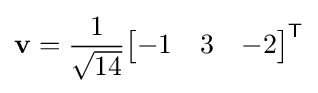
\mathbf {v} ={\frac {1}{\sqrt {14}}}{\begin{bmatrix}-1&3&-2\end{bmatrix}}^{\textsf {T}}